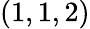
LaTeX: (1,1,2)